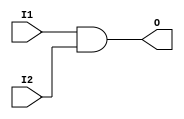
`timescale 1ns / 1ps

module AND(
input I1,I2,
output O
    );
    
    assign O=I1&I2;
    
endmodule